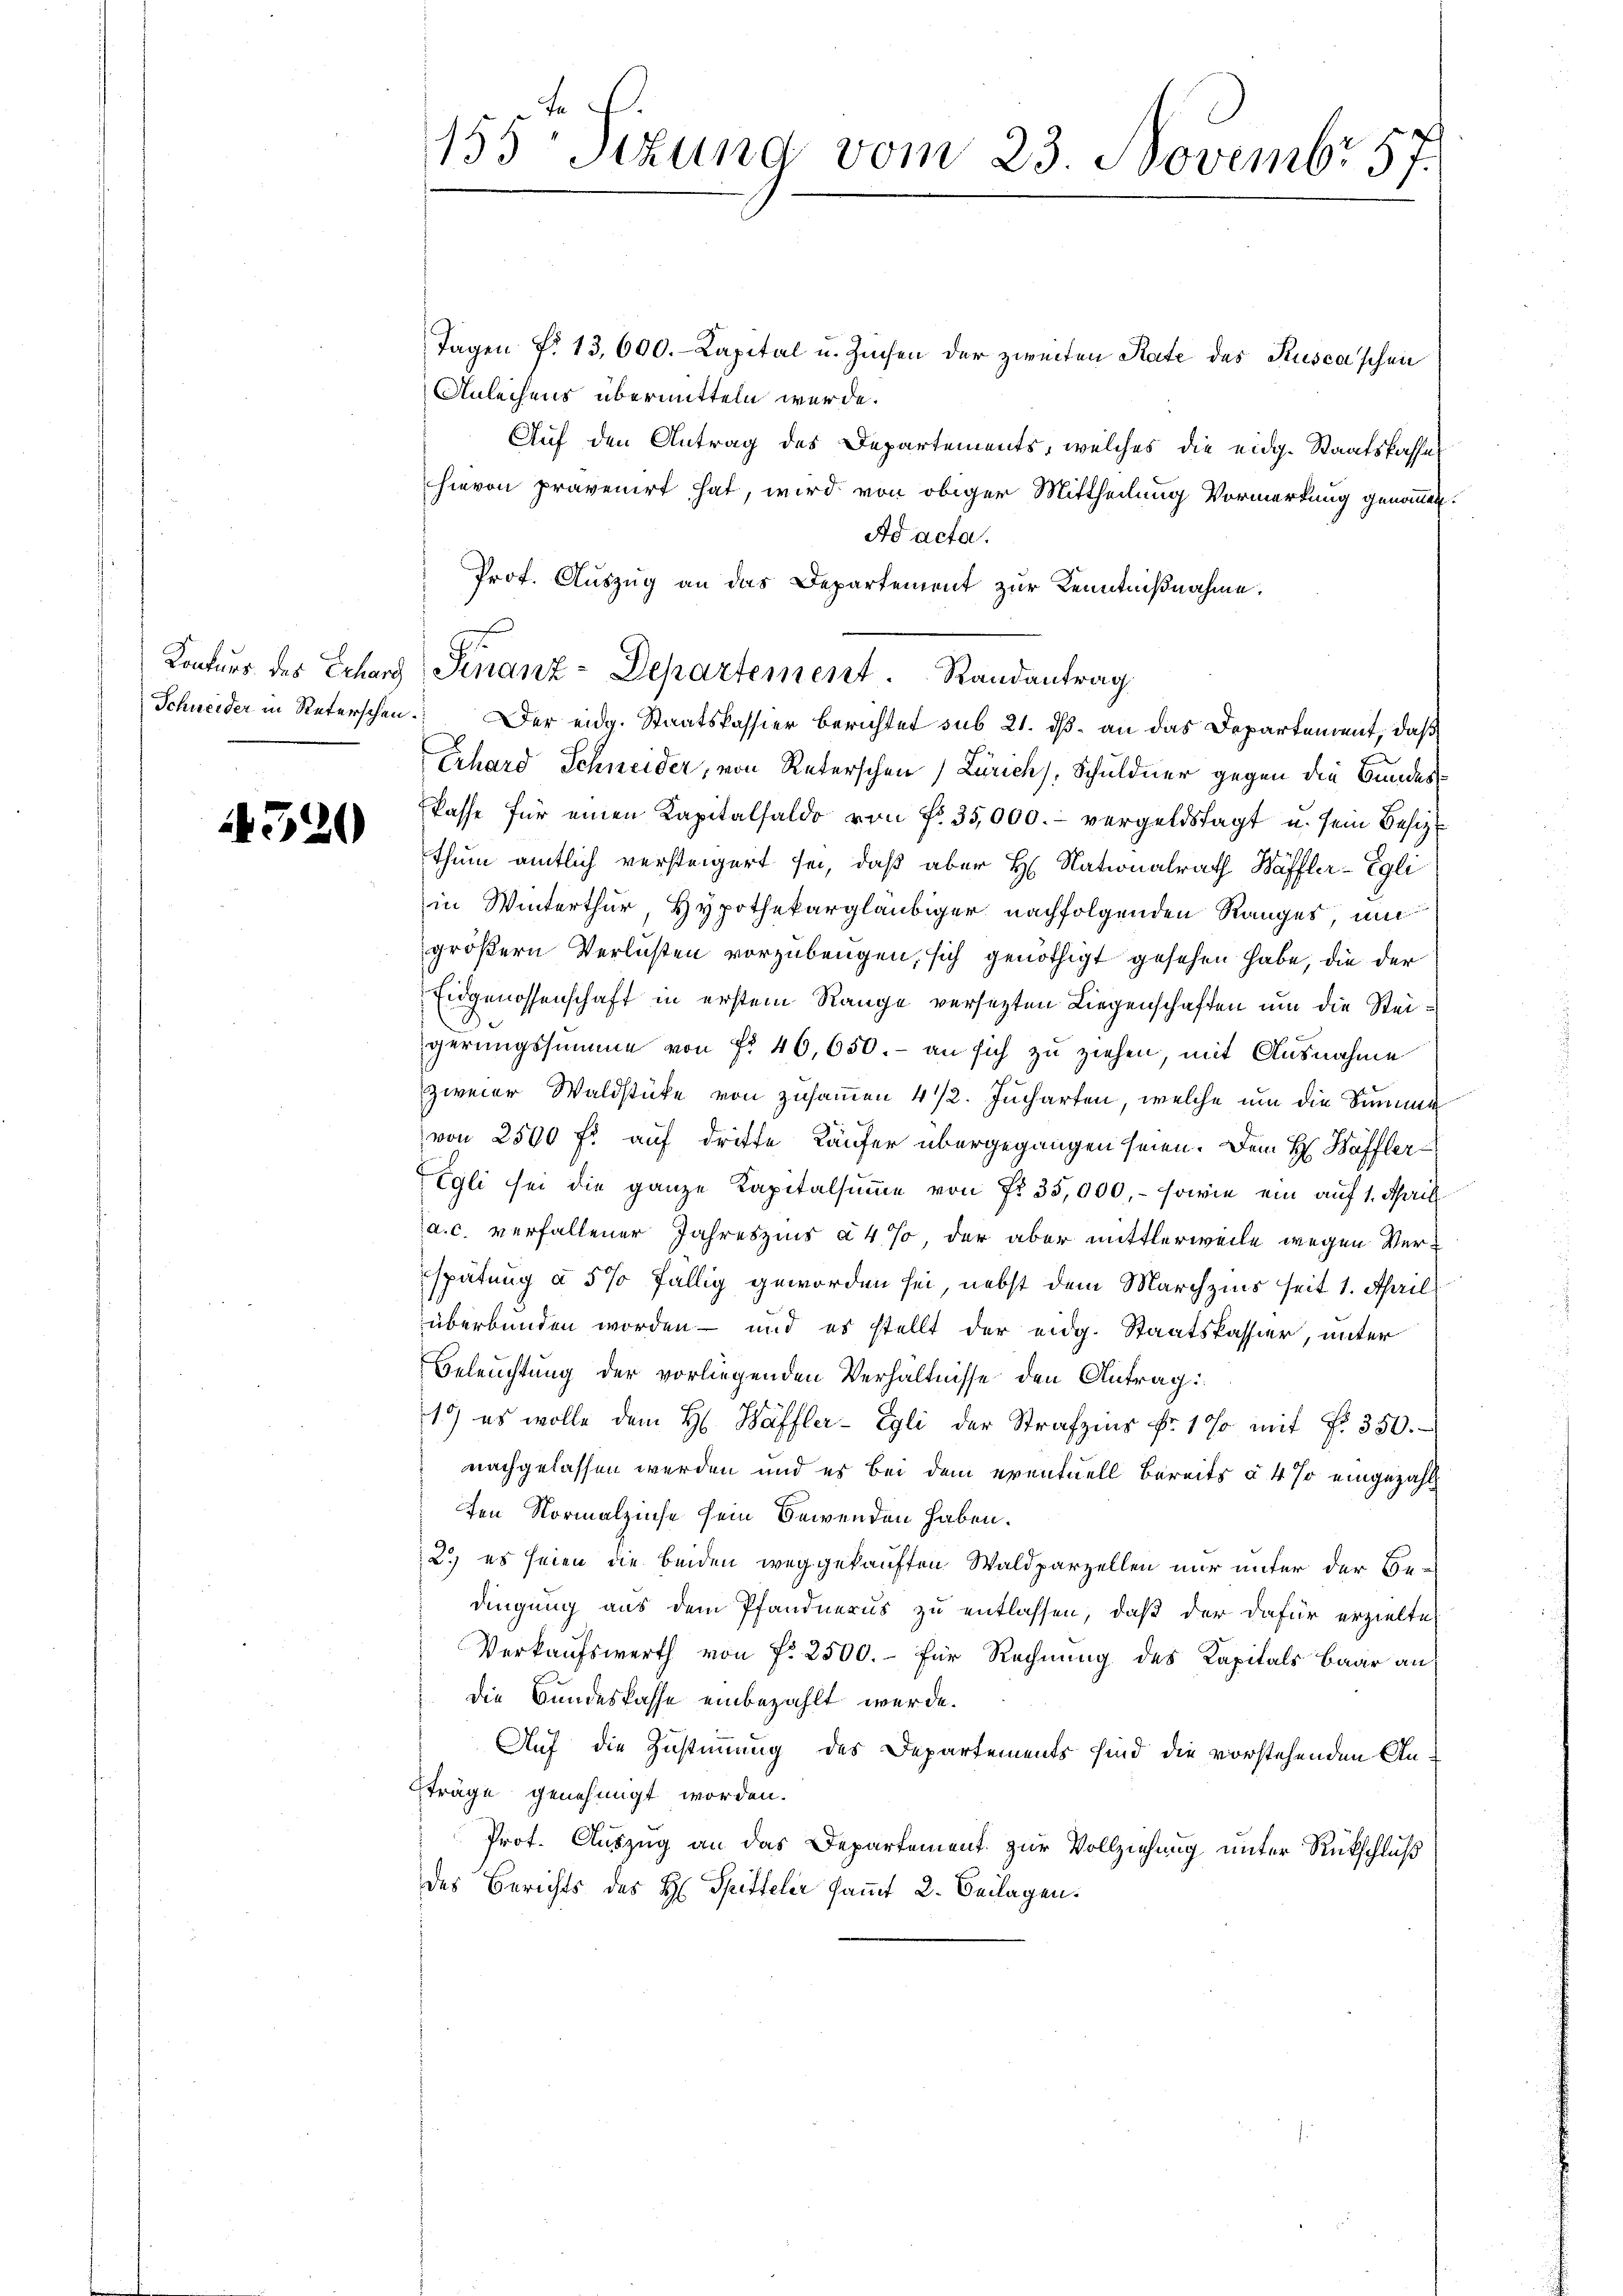
520

Tagen fr. 13,000.- Kapital u. Zinsen der zweiten Rate des Kusca’schen
Anleihens übermitteln werde.
Auf den Antrag des Departements, welches die eidg. Staatskassa
hievon pravenirt hat, wird von obiger Mittheilung Vormerkung genommen.
Ad acta.
Prof. Auszug an das Departement zur Kenntnißnahme.
Schneider in Reterschen. Der eidg. Staatskassier berichtet sub 21. daß an das Departement, daß
Erhard Schneider, von Reterschen (Zürich), Schuldner gegen die Bundeskasse für einen Kapitalsaldo von fr. 35,000.- vergeldstagt u. sein Besizt
thum amtlich versteigert sei, daß aber H. Nationalrath Wäffler-Egli
in Winterthur, Hypothekargläubiger nachfolgenden Ranges, und
größern Verlusten vorzubeugen, sich genöthigt gesehen habe, die der
Eidgenossenschaft in erstem Range versetzten Liegenschaften um die Steigerungssumme von fr. 46,650.- an sich zu ziehen, mit Ausnahme
zweier Waldstücke von zusammen 4 1/2. Jucharten, welche um die Summe
von 2500 fl. auf dritte Käufer übergegangen seien. Dem H. Haffler¬
Egli sei die ganze Kapitalsumme von Nr. 35,000, - sowie ein auf 1. Aprill
a. c. verfallener Jahreszins à 4% der aber mittlerweile wegen Verspätung à 5% fällig geworden sei, nebst dem Marchzins seit 1. April
überbunden worden – und es stellt der eidg. Staatskassier, unter
Beleuchtung der vorliegenden Verhältnisse den Antrag:
1) es wolle dem H. Haffler-Egli der Strafzins Fr. 100 mit Fr. 350.
nachgelassen werden und es bei dem eventuell bereits à 4 % eingezahl
ten Normalzinse sein Bewenden haben.
2.) es seien die beiden weggekauften Waldparzellen nur unter der Be-
dingung aus dem Pfandnerus zu entlassen, daß der dafür erzielte
Verkaufswerth von fr. 2500.- für Rechnung des Kapitals Baar an
die Bundeskasse einbezahlt werde.
Auf die Zustimmung des Departements sind die vorstehenden Anträge genehmigt worden.
Prot. Auszug an das Departement zur Vollziehung unter Rückschluß
des Berichts des H. Spitteler sammt 2. Beilagen.

155-Sitzung vom 23. Novembr 57.

37
Konkurs des Echarg Finanz-Departement. Randantrag